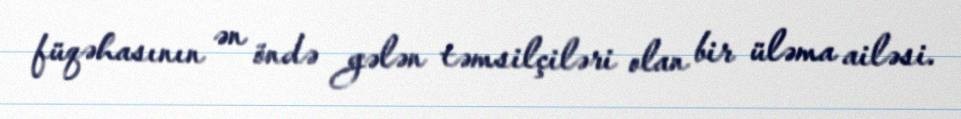
füqəhasının ən öndə gələn təmsilçiləri olan bir üləma ailəsi.